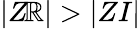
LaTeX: |Z\! \mathbb{R}|>|ZI|